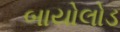
બાયોલોડ